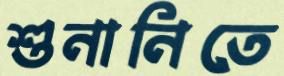
শুনানিতে